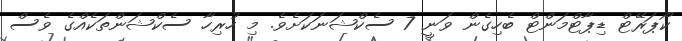
ކޯޕަރޭޓް ޑިޕާޓްމަންޓް ބެހިގެން ވަނީ 7 ސެކްޝަނަކަށެވެ. މި ހުރިހާ ސެކްޝަންތަކެއްގެ ވެސް